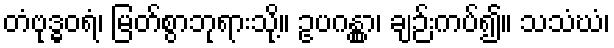
တံဗုဒ္ဓဝရံ၊ မြတ်စွာဘုရားသို့။ ဥပဂန္တွာ၊ ချဉ်းကပ်၍။ သသံဃံ၊